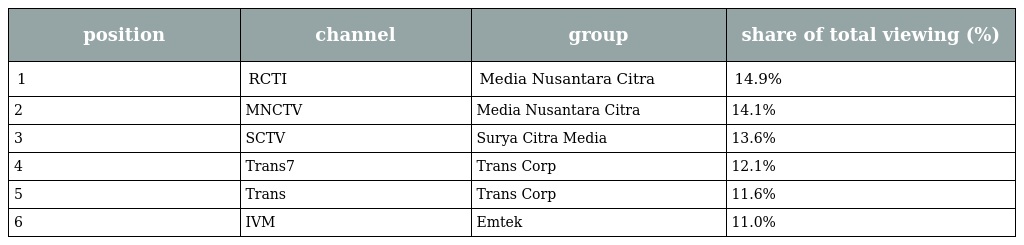
| position | channel | group | share of total viewing (%) |
 | --- | --- | --- | --- |
 | 1 | RCTI | Media Nusantara Citra | 14.9% |
 | 2 | MNCTV | Media Nusantara Citra | 14.1% |
 | 3 | SCTV | Surya Citra Media | 13.6% |
 | 4 | Trans7 | Trans Corp | 12.1% |
 | 5 | Trans | Trans Corp | 11.6% |
 | 6 | IVM | Emtek | 11.0% |